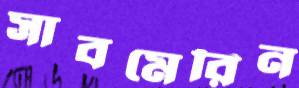
সাবমেরিন